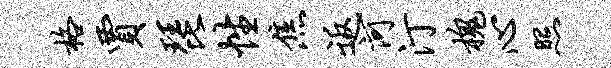
格贾琵性焦返河汀槐心照